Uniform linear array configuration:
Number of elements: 24
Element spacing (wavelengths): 0.25
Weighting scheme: kaiser
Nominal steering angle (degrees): -30
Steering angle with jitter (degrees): -29.352
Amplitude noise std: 0.05
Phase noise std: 0.05

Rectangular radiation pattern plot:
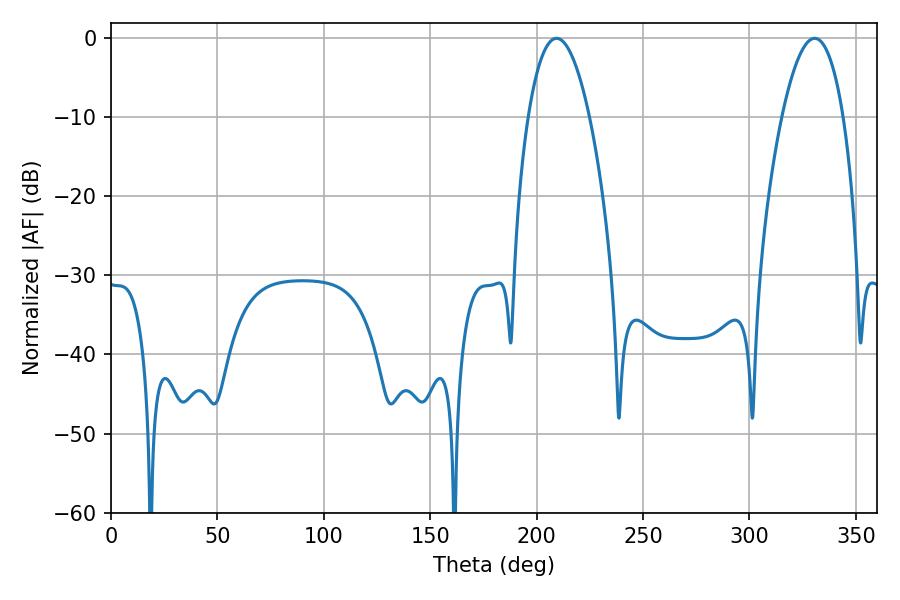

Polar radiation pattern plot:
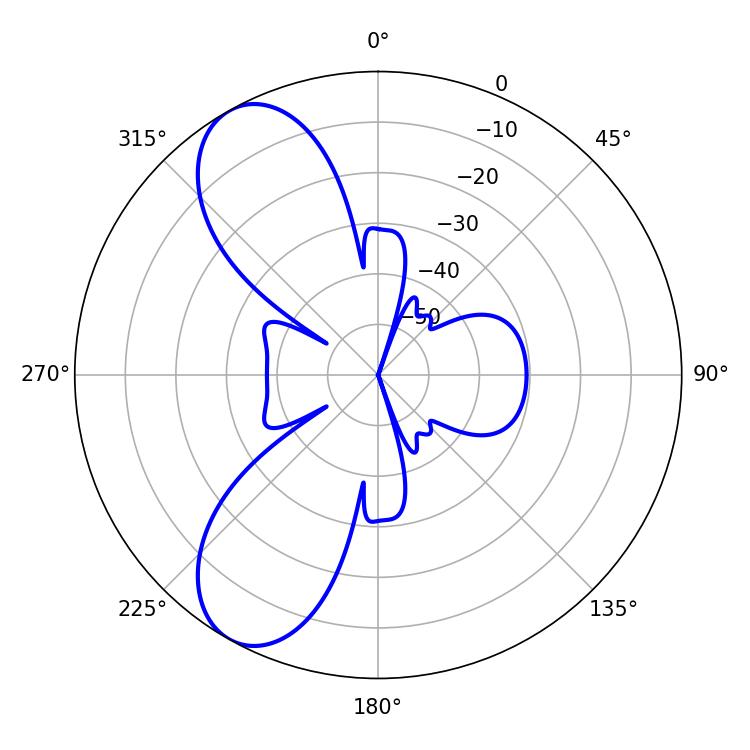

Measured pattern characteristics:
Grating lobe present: FALSE
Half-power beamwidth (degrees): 15.84
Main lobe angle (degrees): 209.34